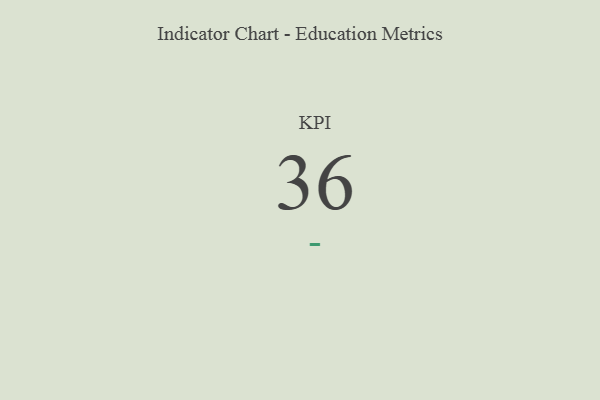
{"axis": {"x": "KPI", "y": "Value"}, "legend": [""], "data": [{"x": "KPI", "y": 36, "type": ""}]}